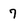
Character: 7